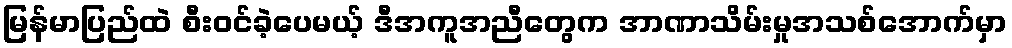
မြန်မာပြည်ထဲ စီးဝင်ခဲ့ပေမယ့် ဒီအကူအညီတွေက အာဏာသိမ်းမှုအသစ်အောက်မှာ